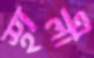
স্থালী